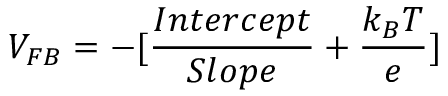
V _ { F B } = - [ \frac { I n t e r c e p t } { S l o p e } + \frac { k _ { B } T } { e } ]